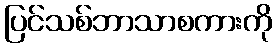
ပြင်သစ်ဘာသာစကားကို